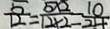
\frac { 5 } { 1 2 } = \frac { 5 \times 2 } { 1 2 \times 2 } = \frac { 1 0 } { 2 4 }